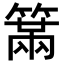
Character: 𥲈